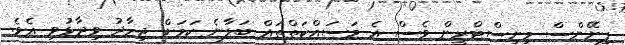
ފިނޭންސް މިނިސްޓްރީން ވެސް އެ މަސައްކަތްތައް ބަލާނެ ކަމަށް ޖިހާދު ވިދާޅުވި އެވެ.